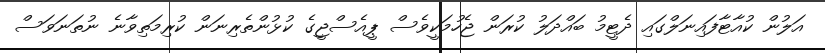
އަލުން ކުއާޓާފައިނަލްގައި ދެޓީމު ބައްދަލު ކުރަން ޖެހުމަކީވެސް ޕީއެސްޖީގެ ކުޅުންތެރިނަން ކުރިމަތިވާނެ ނުތަނަވަސް